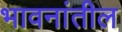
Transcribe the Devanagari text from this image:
भावनांतील